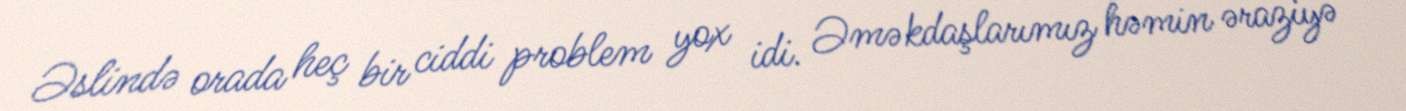
Əslində orada heç bir ciddi problem yox idi. Əməkdaşlarımız həmin əraziyə